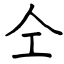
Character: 仝